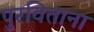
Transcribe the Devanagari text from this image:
पुरविताना